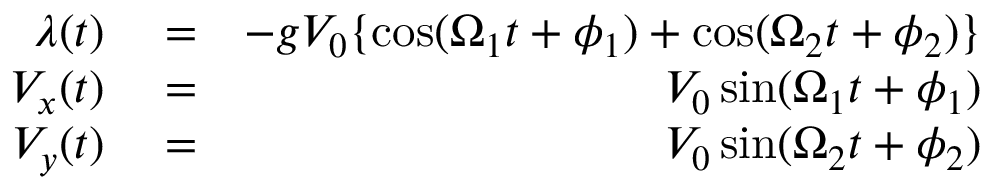
\begin{array} { r l r } { \lambda ( t ) } & { { } = } & { - g V _ { 0 } \{ \mathrm { c o s } ( \Omega _ { 1 } t + \phi _ { 1 } ) + \mathrm { c o s } ( \Omega _ { 2 } t + \phi _ { 2 } ) \} } \\ { V _ { x } ( t ) } & { { } = } & { V _ { 0 } \, \mathrm { s i n } ( \Omega _ { 1 } t + \phi _ { 1 } ) } \\ { V _ { y } ( t ) } & { { } = } & { V _ { 0 } \, \mathrm { s i n } ( \Omega _ { 2 } t + \phi _ { 2 } ) } \end{array}